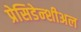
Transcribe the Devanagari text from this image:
प्रेसिडेन्शीअल